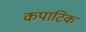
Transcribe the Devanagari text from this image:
कपाटिक